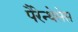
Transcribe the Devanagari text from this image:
पैरेन्थेसेस